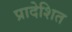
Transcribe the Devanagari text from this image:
प्रादेशित